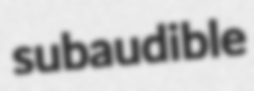
subaudible